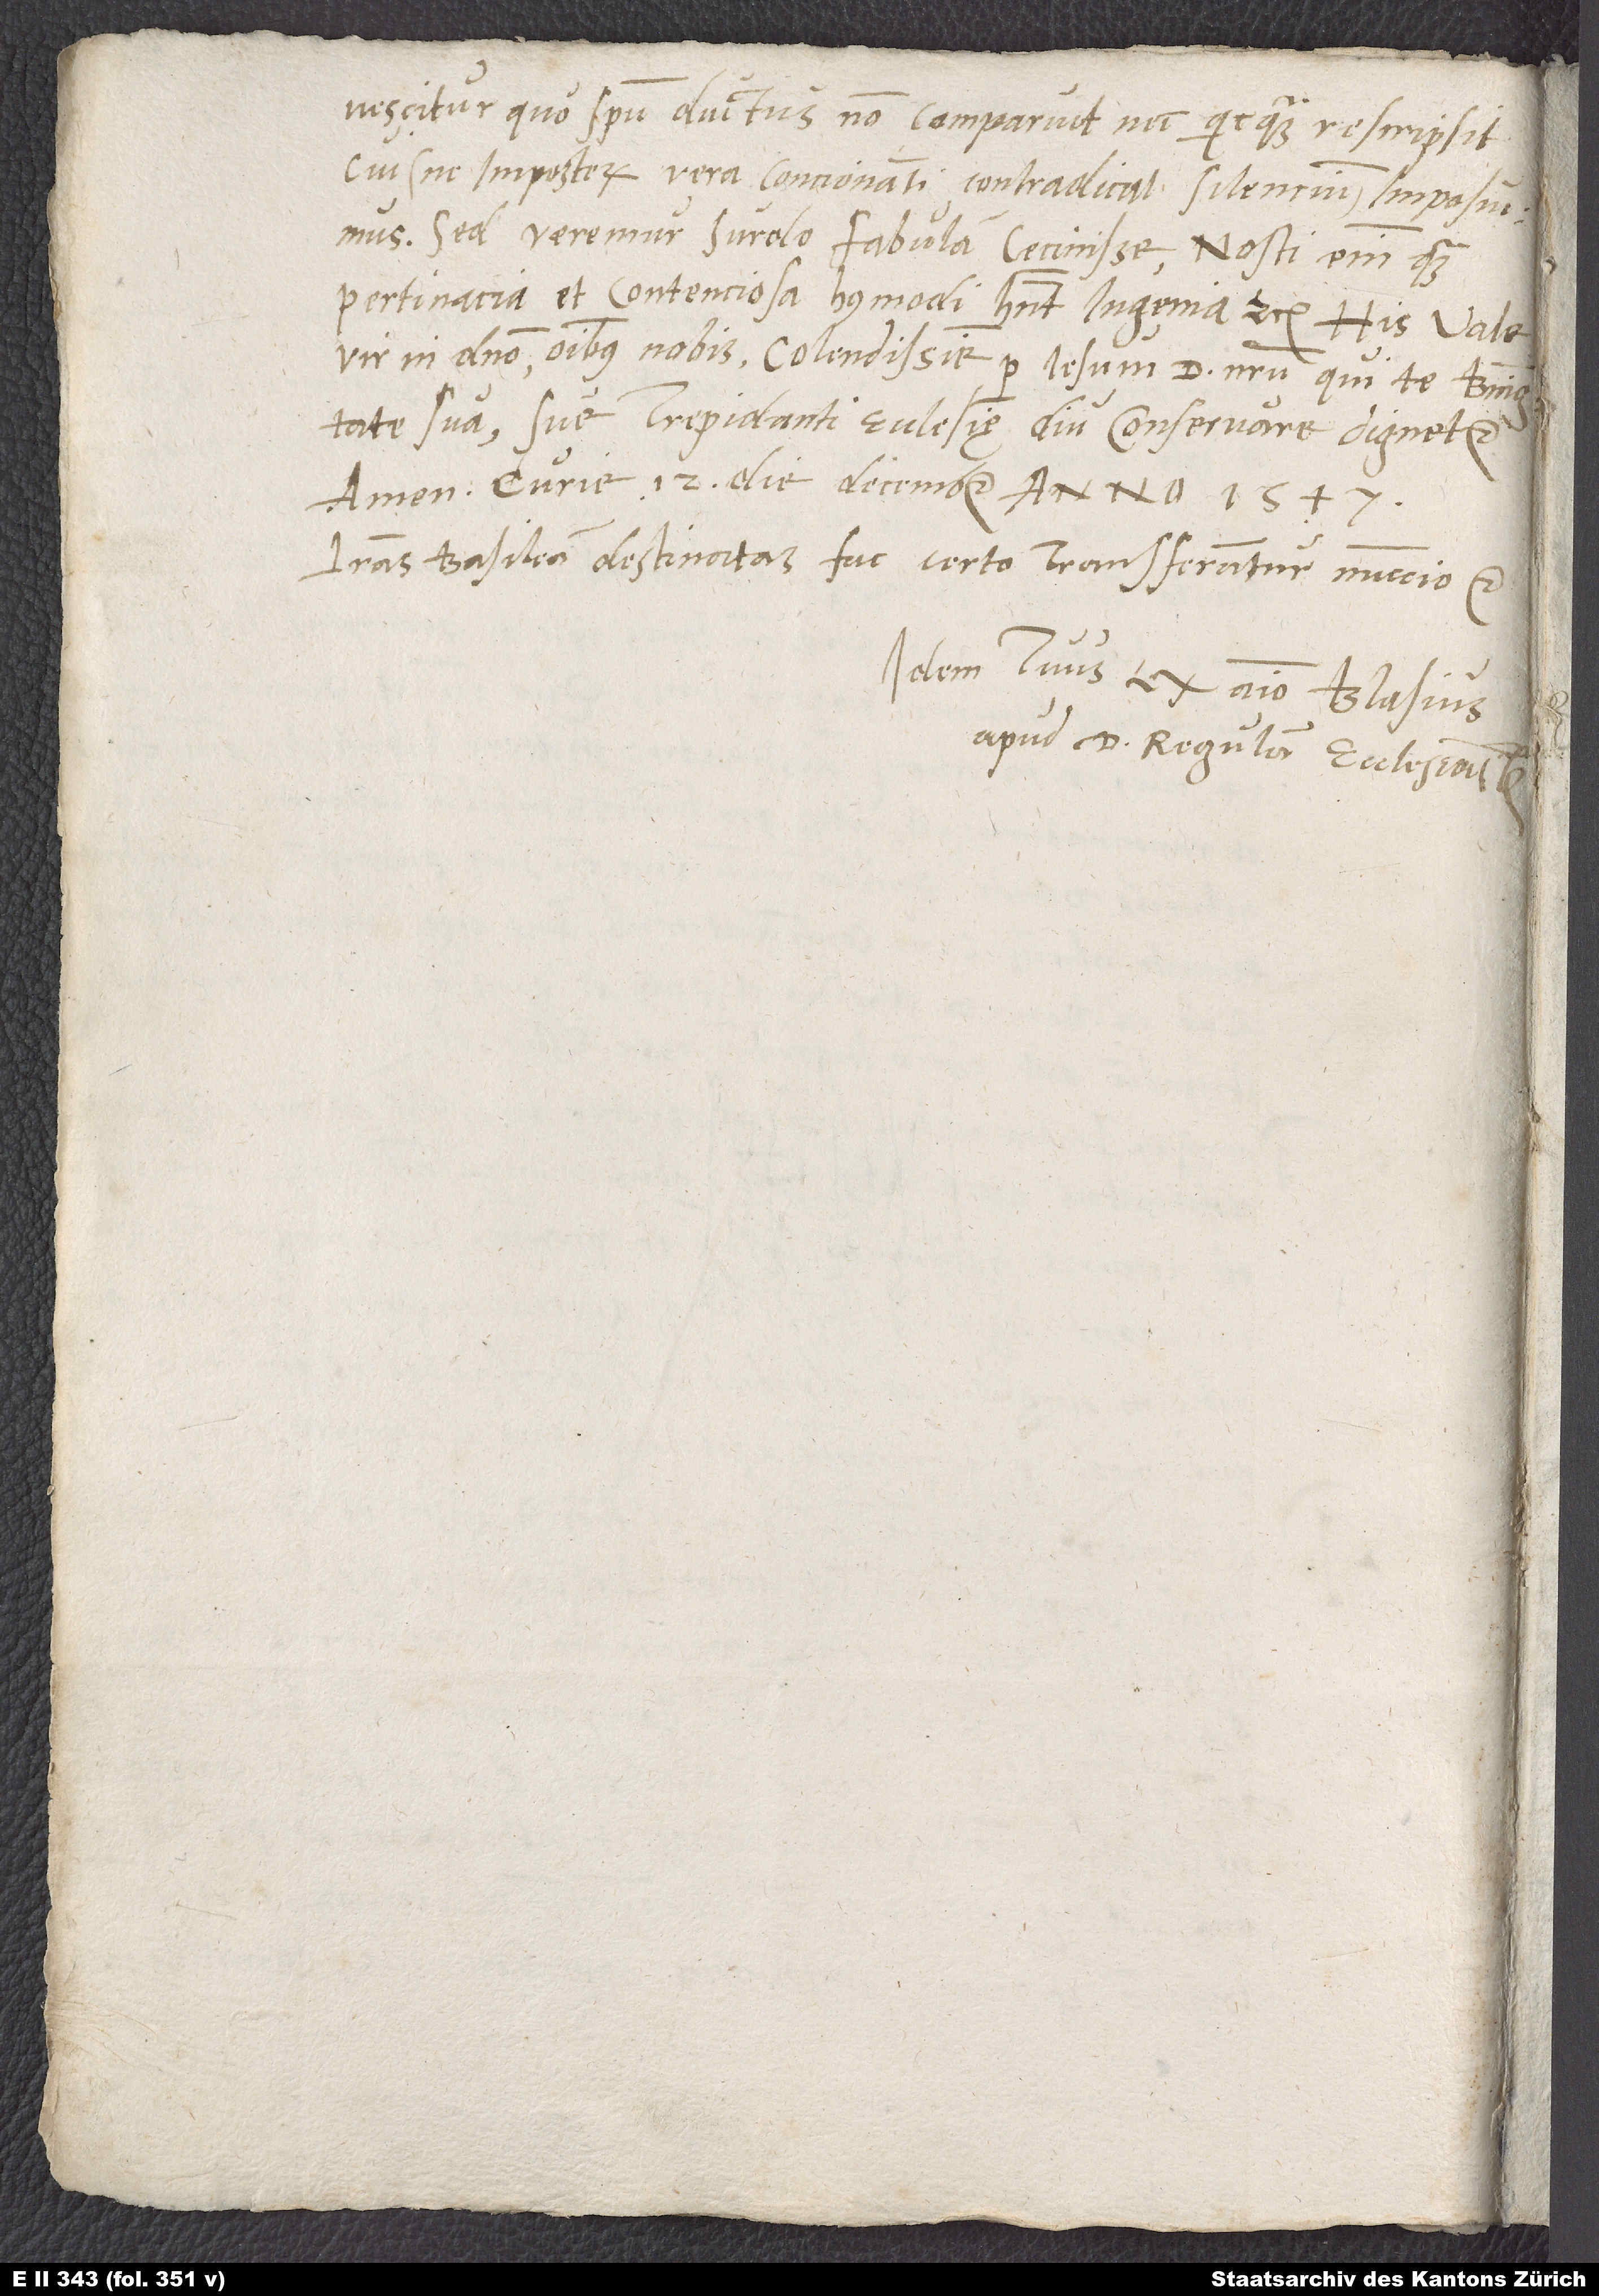
nescitur quo spiritu ductus, non comparuit nec quicquam rescripsit,
cui (ne in posterum vera concionanti contradicat) silencium imposuimus.
Sed veremur surdo fabulam cecinisse. Nosti enim, quam
pertinacia et contenciosa huiusmodi habent ingenia, etc. His vale,
vir in domino omnibus nobis colendissime, per Iesum d. nostrum, qui te benignitate
sua sue trepidanti ecclesię diu conservare dignetur.
Amen. Curie, 12. die decembris anno 1547.
Literas Basileam destinatas fac certo transferantur nunccio, etc.
Idem tuus ex animo Blasius,
apud d Regulam ecclesiastes.